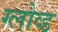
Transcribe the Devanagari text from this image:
ग्लोव्ड